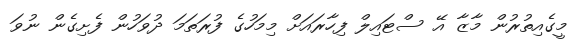
މީގެއިތުރުން މާޒާ އޭ ސްޓައިލް ފިހާރައަށް މިމަހުގެ ފުރަތަމަ ދުވަހުން ފެށިގެން ނުވަ